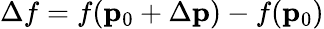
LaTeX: \Delta f=f({\mathbf p}_{0}+\Delta{\mathbf p})-f({\mathbf p}_{0})